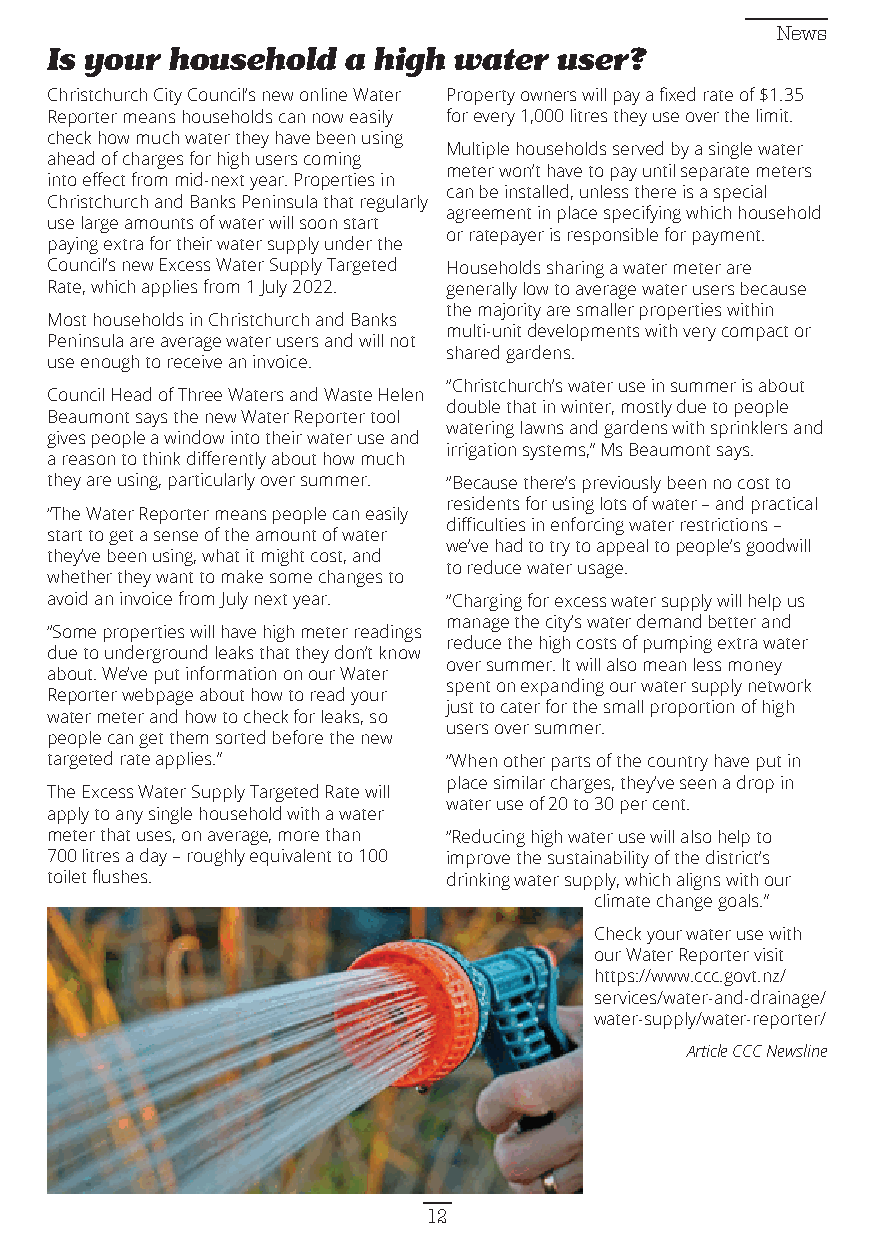
News
 Is your household   a high water  user?
 Christchurch City Council’s new online Water Property owners will pay a fixed rate of $1.35
 Reporter means households can now easily for every 1,000 litres they use over the limit.
 check how much water they have been using
 Multiple households served by a single water
 ahead of charges for high users coming
 meter won’t have to pay until separate meters
 into effect from mid-next year. Properties in
 can be installed, unless there is a special
 Christchurch and Banks Peninsula that regularly
 agreement in place specifying which household
 use large amounts of water will soon start
 or ratepayer is responsible for payment.
 paying extra for their water supply under the
 Council’s new Excess Water Supply Targeted Households sharing a water meter are
 Rate, which applies from 1 July 2022. generally low to average water users because
 the majority are smaller properties within
 Most households in Christchurch and Banks
 multi-unit developments with very compact or
 Peninsula are average water users and will not
 shared gardens.
 use enough to receive an invoice.
 “Christchurch’s water use in summer is about
 Council Head of Three Waters and Waste Helen
 double that in winter, mostly due to people
 Beaumont says the new Water Reporter tool
 watering lawns and gardens with sprinklers and
 gives people a window into their water use and
 irrigation systems,” Ms Beaumont says.
 a reason to think differently about how much
 they are using, particularly over summer. “Because there’s previously been no cost to
 residents for using lots of water – and practical
 “The Water Reporter means people can easily
 difficulties in enforcing water restrictions –
 start to get a sense of the amount of water
 we’ve had to try to appeal to people’s goodwill
 they’ve been using, what it might cost, and
 to reduce water usage.
 whether they want to make some changes to
 avoid an invoice from July next year. “Charging for excess water supply will help us
 manage the city’s water demand better and
 “Some properties will have high meter readings
 reduce the high costs of pumping extra water
 due to underground leaks that they don’t know
 over summer. It will also mean less money
 about. We’ve put information on our Water
 spent on expanding our water supply network
 Reporter webpage about how to read your
 just to cater for the small proportion of high
 water meter and how to check for leaks, so
 users over summer.
 people can get them sorted before the new
 targeted rate applies.”    “When other parts of the country have put in
 place similar charges, they’ve seen a drop in
 The Excess Water Supply Targeted Rate will
 water use of 20 to 30 per cent.
 apply to any single household with a water
 meter that uses, on average, more than “Reducing high water use will also help to
 700 litres a day – roughly equivalent to 100 improve the sustainability of the district’s
 toilet flushes.            drinking water supply, which aligns with our
 climate change goals.”
 Check your water use with
 our Water Reporter visit
 https://www.ccc.govt.nz/
 services/water-and-drainage/
 water-supply/water-reporter/
 Article CCC Newsline
 12